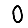
Digit: 0